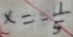
x = - \frac { 1 } { 5 }